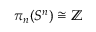
\pi _ { n } ( S ^ { n } ) \cong \mathbb { Z }